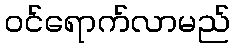
ဝင်ရောက်လာမည်